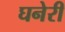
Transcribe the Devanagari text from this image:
घनेरी